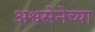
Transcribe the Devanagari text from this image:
अश्वसेनेच्या